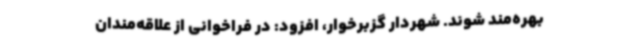
بهره‌مند شوند. شهردار گزبرخوار، افزود: در فراخوانی از علاقه‌مندان